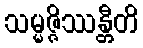
သမ္မဇ္ဇိဿန္တီတိ